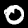
Digit: 0